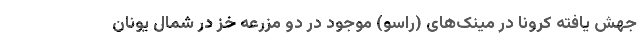
جهش یافته کرونا در مینک‌های (راسو) موجود در دو مزرعه خز در شمال یونان